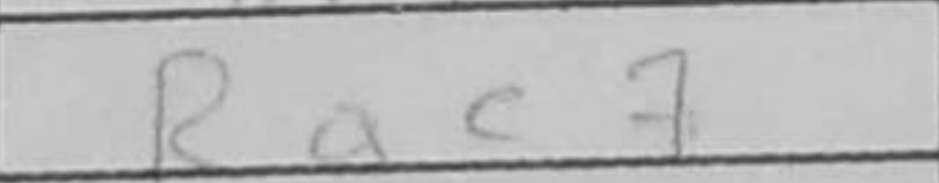
Transcription: Rac7